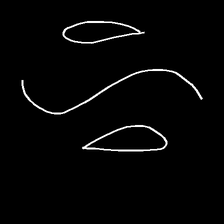
Glyph: water